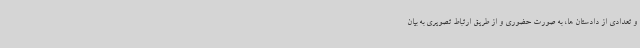
و تعدادی از دادستان ها، به صورت حضوری و از طریق ارتباط تصویری به بیان